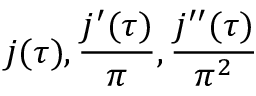
j ( \tau ) , { \frac { j ^ { \prime } ( \tau ) } { \pi } } , { \frac { j ^ { \prime \prime } ( \tau ) } { \pi ^ { 2 } } }